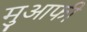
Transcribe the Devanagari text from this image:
मुआफी